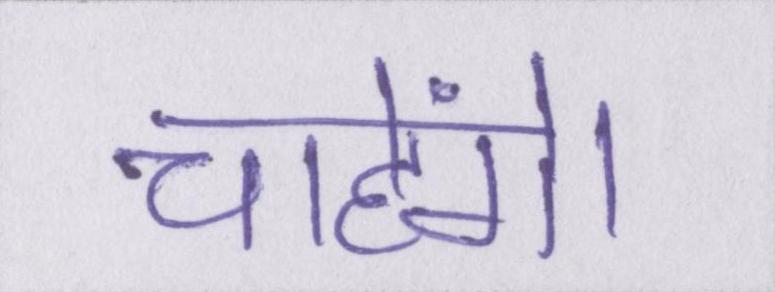
चाहेंगे।